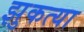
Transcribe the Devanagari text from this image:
झुकत्या